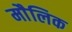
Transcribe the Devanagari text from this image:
माैलिक